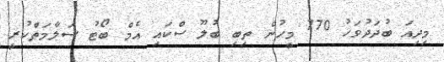
މިދިއަ ބުދަދުވަހު 770 މީހުން ތިބި ބުލޫ ސްކައި އެމް ބޯޓު ސަލާމަތްކުރީ